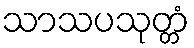
သာသပသုတ္တံ